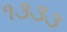
૧૩૩૩